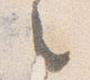
之